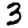
Digit: 3